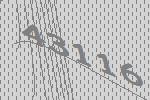
43116